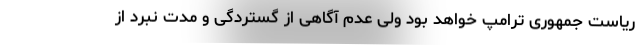
ریاست جمهوری ترامپ خواهد بود ولی عدم آگاهی از گستردگی و مدت نبرد از